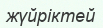
жүйріктей